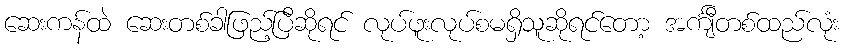
ဆေးကန်ထဲ ဆေးတစ်ခါဖြည့်ပြီဆိုရင် လုပ်ဖူးလုပ်စမရှိသူဆိုရင်တော့ အင်္ကျီတစ်ထည်လုံး